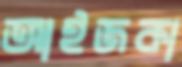
আইজকা